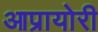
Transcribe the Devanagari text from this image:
आप्रायोरी